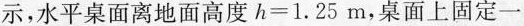
示，水平桌面离地面高度$$h = 1 . 2 5 m$$，桌面上固定一